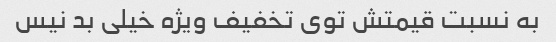
به نسبت قیمتش توی تخفیف ویژه خیلی بد نیس